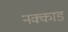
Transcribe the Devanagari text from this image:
नक्काडं